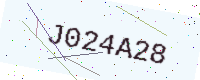
Text: J024A28